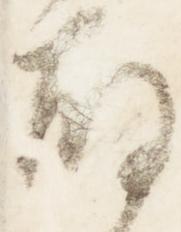
故